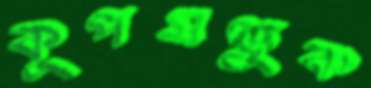
কূপমণ্ডুক